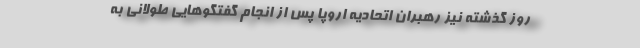
روز گذشته نیز رهبران اتحادیه اروپا پس از انجام گفتگوهایی طولانی به